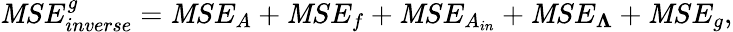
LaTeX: \mathit{M}SE_{inverse}^{g}=\mathit{M}SE_{A}+\mathit{M}SE_{f}+\mathit{M}SE_{A_{in}}+\mathit{M}SE_{\boldsymbol{\Lambda}}+\mathit{M}SE_{g},